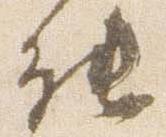
能